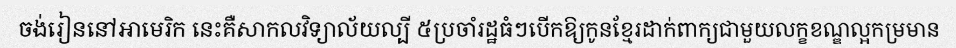
ចង់រៀននៅអាមេរិក នេះគឺសាកលវិទ្យាល័យល្បី ៥ប្រចាំរដ្ឋធំៗបើកឱ្យកូនខ្មែរដាក់ពាក្យជាមួយលក្ខខណ្ឌល្អកម្រមាន